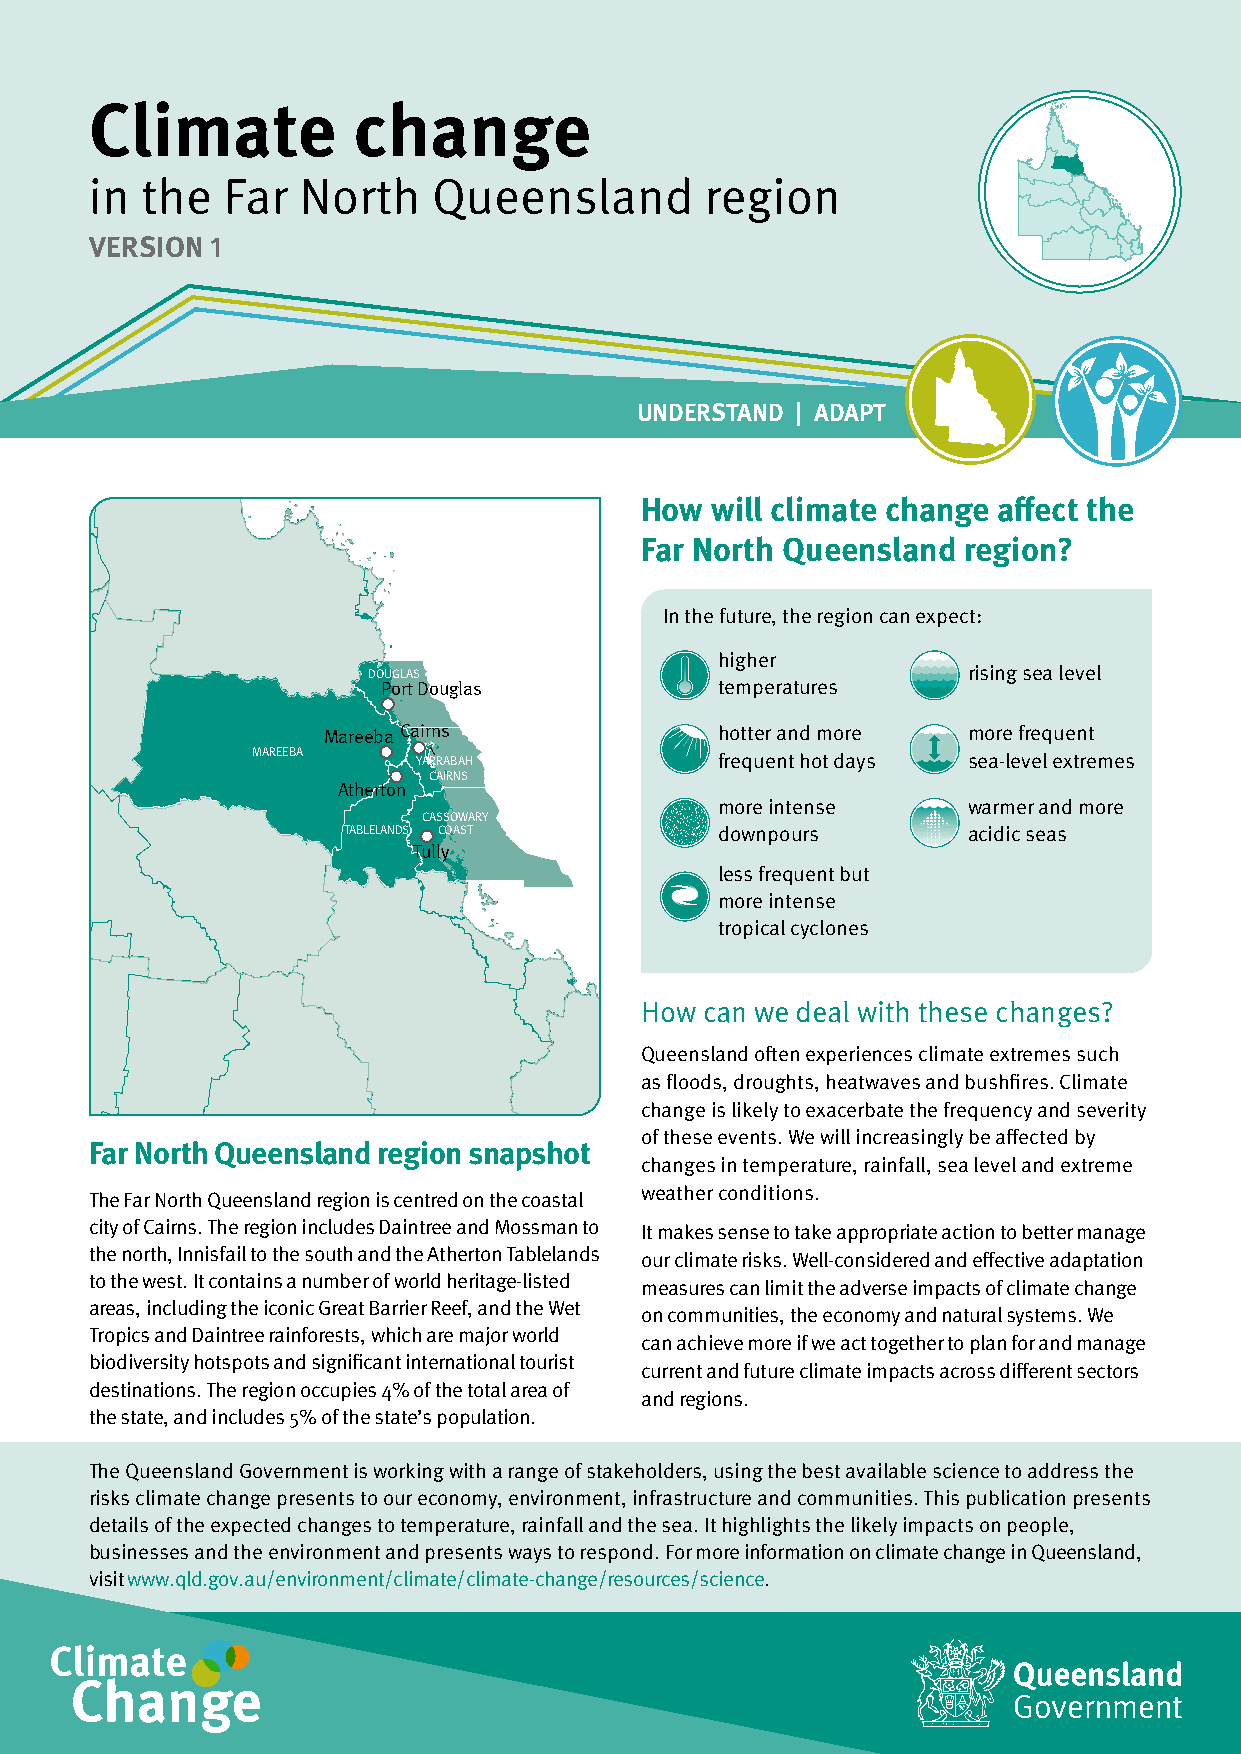
Climate          change
 in the   Far  North    Queensland        region
 VERSION 1
 UNDERSTAND | ADAPT
 How  will climate change affect the
 Far North Queensland  region?
 UNUDNEDRESRTSATNADN DA DAADPATP |T T |R TARNASNISTIITOINON
 In the future, the region can expect:
 higher
 DOUGLAS                                 rising sea level
 Port Douglas           temperatures
 Mareeba Cairns             hotter and more more frequent
 MAREEBA
 YARRABAH            frequent hot days sea-level extremes
 CAIRNS
 Atherton
 more intense    warmer and more
 CASSOWARY
 TABLELANDS COAST         downpours       acidic seas
 Tully
 less frequent but
 more intense
 tropical cyclones
 How can we deal with these changes?
 Queensland often experiences climate extremes such
 as floods, droughts, heatwaves and bushfires. Climate
 change is likely to exacerbate the frequency and severity
 of these events. We will increasingly be affected by
 Far North Queensland region snapshot
 changes in temperature, rainfall, sea level and extreme
 weather conditions.
 The Far North Queensland region is centred on the coastal
 city of Cairns. The region includes Daintree and Mossman to It makes sense to take appropriate action to better manage
 the north, Innisfail to the south and the Atherton Tablelands our climate risks. Well-considered and effective adaptation
 to the west. It contains a number of world heritage-listed
 measures can limit the adverse impacts of climate change
 areas, including the iconic Great Barrier Reef, and the Wet
 on communities, the economy and natural systems. We
 Tropics and Daintree rainforests, which are major world
 can achieve more if we act together to plan for and manage
 biodiversity hotspots and significant international tourist
 current and future climate impacts across different sectors
 destinations. The region occupies 4% of the total area of
 and regions.
 the state, and includes 5% of the state’s population.
 The Queensland Government is working with a range of stakeholders, using the best available science to address the
 risks climate change presents to our economy, environment, infrastructure and communities. This publication presents
 details of the expected changes to temperature, rainfall and the sea. It highlights the likely impacts on people,
 businesses and the environment and presents ways to respond. For more information on climate change in Queensland,
 visit www.qld.gov.au/environment/climate/climate-change/resources/science.